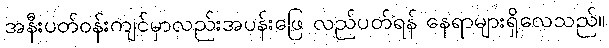
အနီးပတ်ဝန်းကျင်မှာလည်းအပန်းဖြေ လည်ပတ်ရန် နေရာများရှိလေသည်။